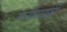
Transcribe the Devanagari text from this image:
मनीगाछी